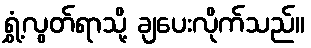
ရွှံ့လွတ်ရာသို့ ချပေးလိုက်သည်။